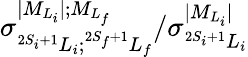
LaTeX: {\sigma}_{^{2S_{i}+1}L_{i};^{2S_{f}+1}L_{f}}^{\vert{M}_{{L}_{i}}\vert;{M}_{{L}_{f}}}/{\sigma}_{^{2S_{i}+1}L_{i}}^{\vert{M}_{{L}_{i}}\vert}